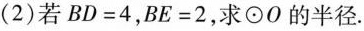
(2)若$$B D = 4$$，$$B E = 2$$，求\odot O的半径.